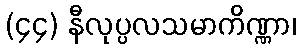
(၄၄) နီလုပ္ပလသမာကိဏ္ဏာ၊